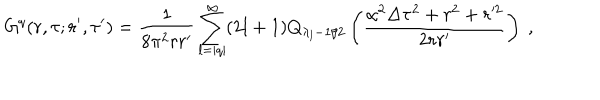
G ^ { q } ( r , \tau ; r ^ { \prime } , \tau ^ { \prime } ) = \frac 1 { 8 \pi ^ { 2 } r r ^ { \prime } } \sum _ { l = | q | } ^ { \infty } ( 2 l + 1 ) Q _ { \lambda _ { l } - 1 / 2 } \left( \frac { \alpha ^ { 2 } \Delta \tau ^ { 2 } + r ^ { 2 } + r ^ { 2 } } { 2 r r ^ { \prime } } \right) \ ,